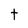
Character: t